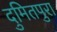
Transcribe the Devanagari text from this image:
दुमितपुरा